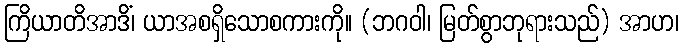
ကြိယာတိအာဒိံ၊ ယာအစရှိသောစကားကို။ (ဘဂဝါ၊ မြတ်စွာဘုရားသည်) အာဟ၊